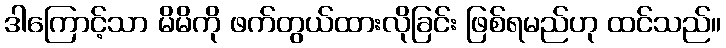
ဒါကြောင့်သာ မိမိကို ဖက်တွယ်ထားလိုခြင်း ဖြစ်ရမည်ဟု ထင်သည်။